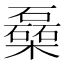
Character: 𰘾